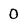
Character: 0